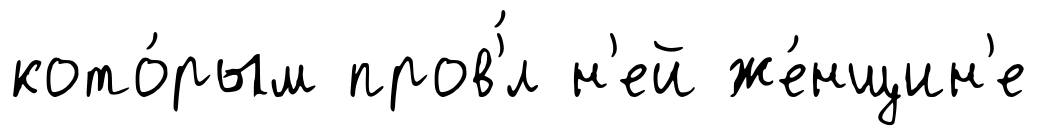
кото́рым пров'́л н'ей же́нщин'е